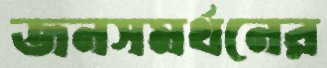
জনসমর্থনের